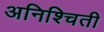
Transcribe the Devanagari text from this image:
अनिश्चिती